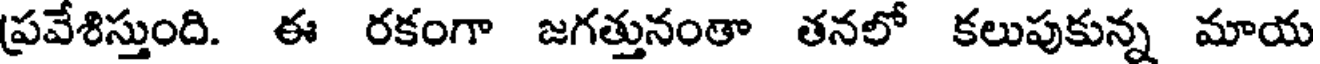
ప్రవేశిస్తుంది. ఈ రకంగా జగత్తునంతా తనలో కలుపుకున్న మాయ